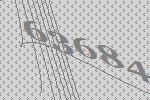
63684